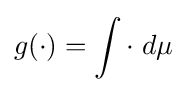
g(\cdot )=\int \cdot \;d\mu